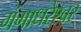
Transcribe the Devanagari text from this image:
गंगाधरेश्वर